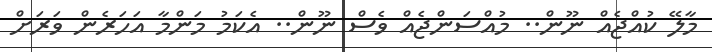
މާލޭ ކުއްޖެއް ނޫން.. މުއްސަންޖެއް ވެސް ނޫން.. އެކަމު މަންމާ އަހަރެން ވަރަށް